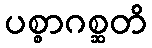
ပစ္စာဂစ္ဆတိ